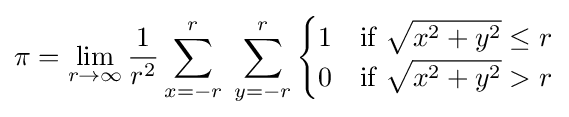
\pi =\lim _{r\to \infty }{\frac {1}{r^{2}}}\sum _{x=-r}^{r}\;\sum _{y=-r}^{r}{\begin{cases}1&{\text{if }}{\sqrt {x^{2}+y^{2}}}\leq r\\0&{\text{if }}{\sqrt {x^{2}+y^{2}}}>r\end{cases}}